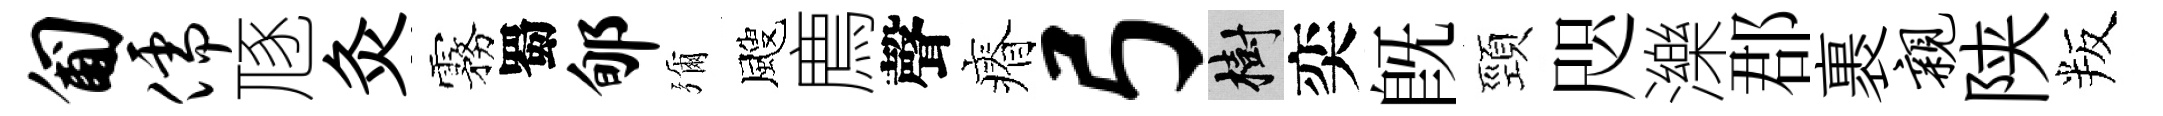
匍儒豗灸霧蜀郇彌颼廌聲瘠弓樹奕既頸咫濼郡裹亲陕叛